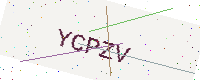
Text: YCPZV